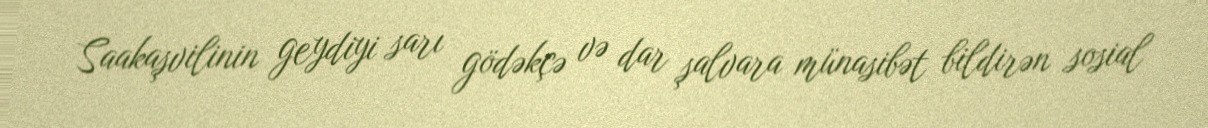
Saakaşvilinin geydiyi sarı gödəkçə və dar şalvara münasibət bildirən sosial